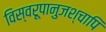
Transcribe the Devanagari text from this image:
विस्वरूपानुजश्चापि